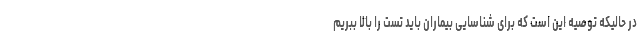
در حالیکه توصیه این است که برای شناسایی بیماران باید تست را بالا ببریم